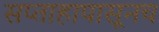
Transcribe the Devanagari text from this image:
सप्ताहापासूनच